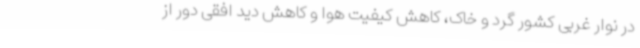
در نوار غربی کشور گرد و خاک، کاهش کیفیت هوا و کاهش دید افقی دور از